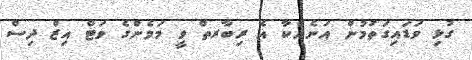
ގުޅި ވަޑައިގަތުމުން އަނެއްކާ އެ ރިބާރތް ވީ މަމެންގެ ވަޓް އިޒް ދިސް